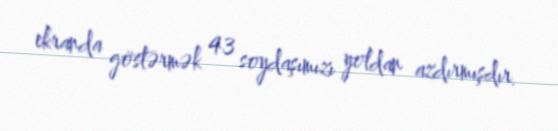
ekranda göstərmək 43 soydaşımızı yoldan azdırmışdır.